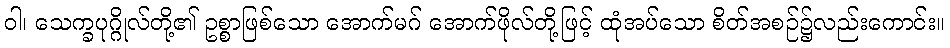
ဝါ၊ သေက္ခပုဂ္ဂိုလ်တို့၏ ဥစ္စာဖြစ်သော အောက်မဂ် အောက်ဖိုလ်တို့ဖြင့် ထုံအပ်သော စိတ်အစဉ်၌လည်းကောင်း။